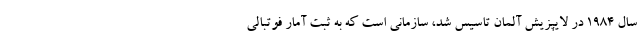
سال ۱۹۸۴ در لایپزیش آلمان تاسیس شد، سازمانی است که به ثبت آمار فوتبالی